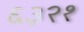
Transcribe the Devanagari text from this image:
६३२१